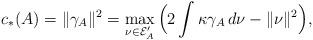
LaTeX: \begin{align*}c_*(A)=\|\gamma_A\|^2=\max_{\nu\in\mathcal E_A'}\,\Bigl(2\int\kappa\gamma_A\,d\nu-\|\nu\|^2\Bigr),\end{align*}